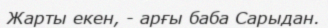
Жарты екен, - арғы баба Сарыдан.